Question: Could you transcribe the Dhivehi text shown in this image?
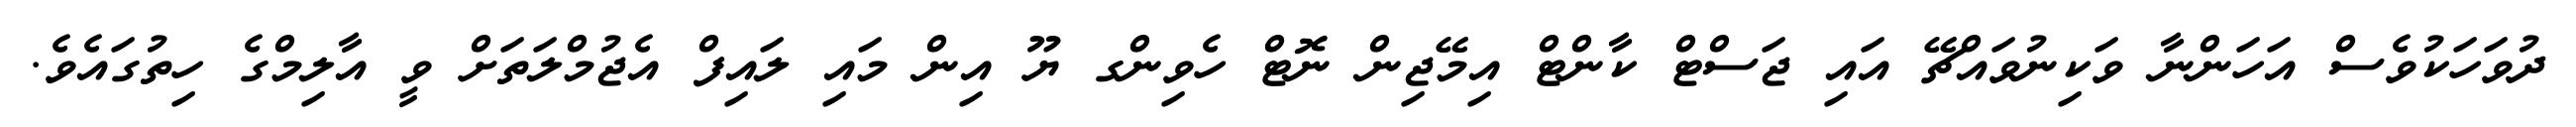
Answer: ދުވަހަކުވެސް އަހަންނާ ވަކިނުވައްޗޭ އައި ޖަސްޓް ކާންޓް އިމޭޖިން ނޮޓް ހެވިންގ ޔޫ އިން މައި ލައިފް އެޖުމްލަތަށް ވީ އާލިމްގެ ހިތުގައެވެ.